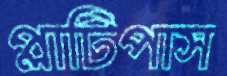
প্লাটিপাস